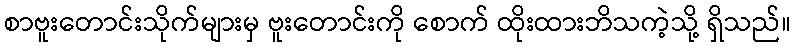
စာဗူးတောင်းသိုက်များမှ ဗူးတောင်းကို စောက် ထိုးထားဘိသကဲ့သို့ ရှိသည်။